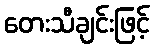
တေးသီချင်းဖြင့်